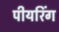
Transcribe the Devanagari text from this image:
पीयरिंग